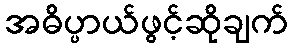
အဓိပ္ပာယ်ဖွင့်ဆိုချက်